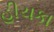
હીચકા